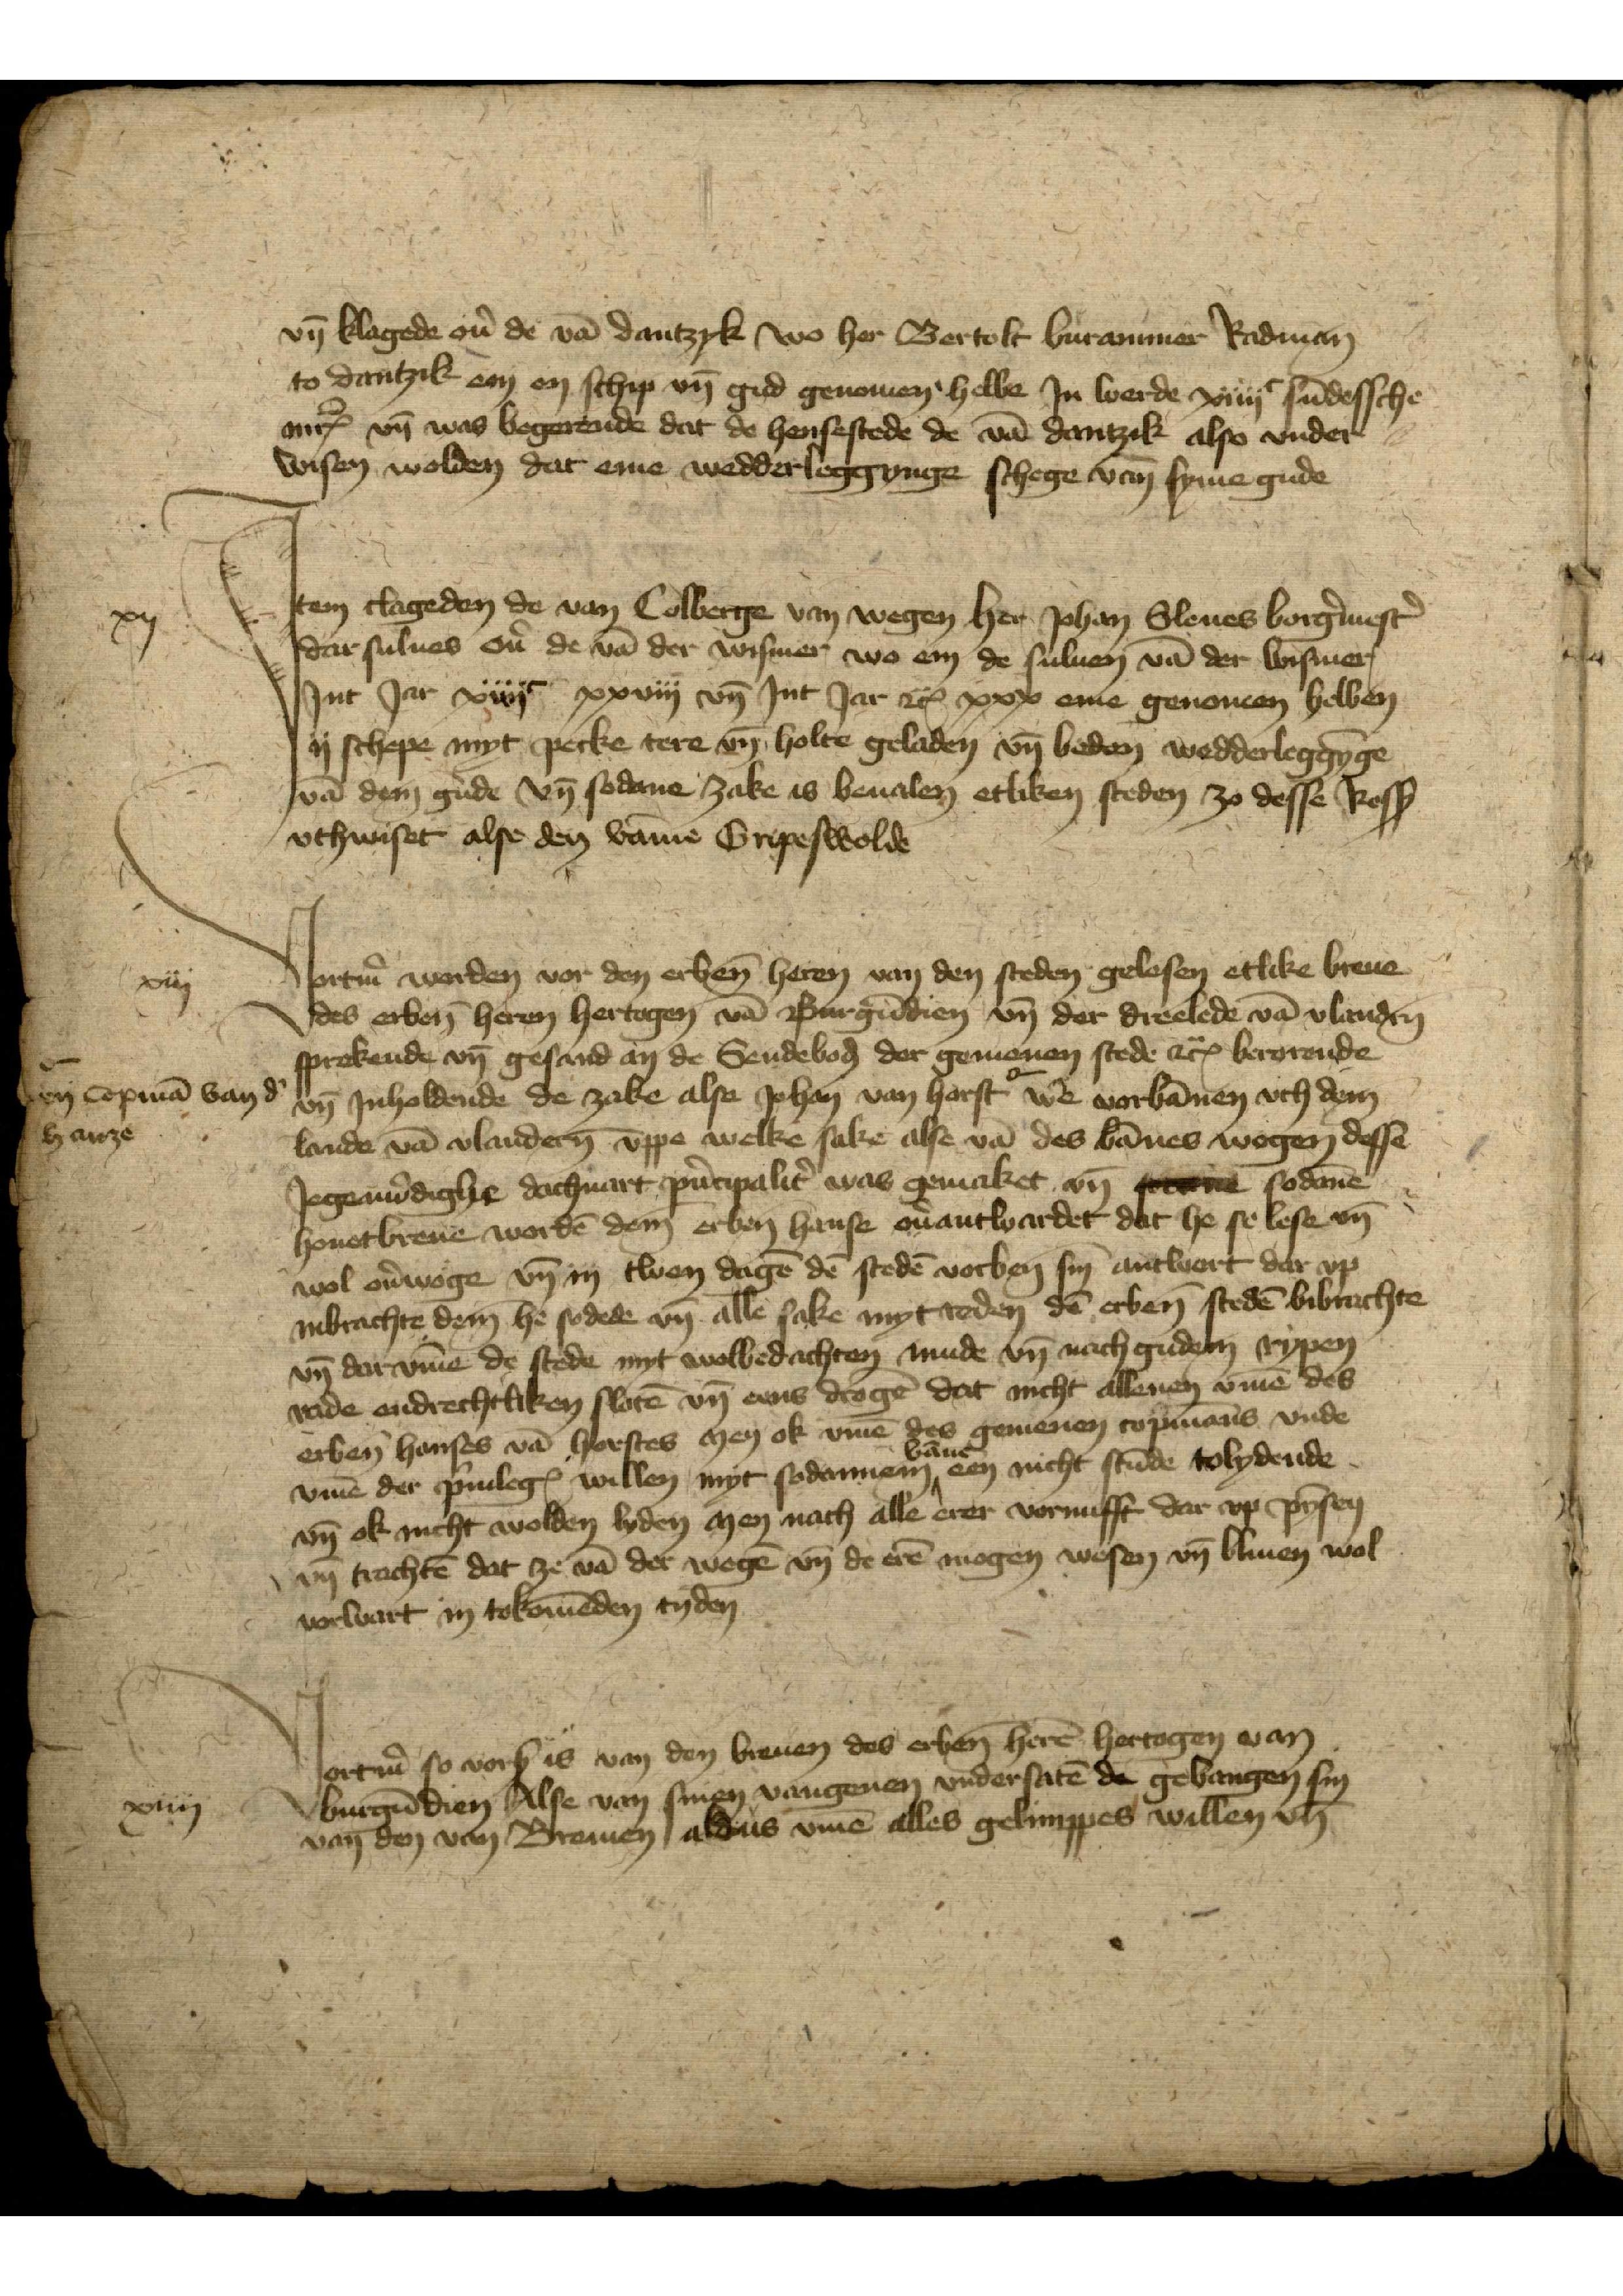
vnd klaged ouer de van Dantzik wo her Bertold Burammer Radmane
to Dantzik em en schip vnd gud genomen hebbe Jn werde xiiijc sundessche
 mark vnnd was begerende dat de hensestede de vā Dantzik also vnder
wisen wolden dat eme wedderlegginge schege van syme gude

J

Jtem clageden de van Colberge van wegen her Johan Sleues borgermester
dar sulues ouer de van der Wismer wo em de suluen van der Wismer
Jnt Jar xiiijc xxviij vnd Jnt Jar etcetera xxx eme genomen hebben
ij schepe myt perke tere vnd holte geladen vnd beden wedderleggynge
van deme gude vnd sodane zake to beualen etliken steden zo desse Resse
vthwiset alse den vamme Gripeswolde

xij

xiij

Vortmer werden vor den erbenomden heren van den steden gelesen etlike breue
des erbenomden heren hertogen van Burgundien vnd der dreelede van Vlanderen
sprekende vnd gesand an de Sendeboden der gemenen stede etcetera berorende
vnd Jnholdende de zake alse Johan van Horst o- were vorbannen vth dem
lande van Vlandern vppe welke sake alse van des bannes wogen, desse
Jegenwerdighe dachuart principaliter was gemaket vnd stee sodanne
houetbreue worden deme erbenomden hanse ouer antwardet dat he se lese vnd
wol ouerwoge vnd in twen dagen de steden vorbenomden antwert dar vp
inbrachte deme he sodede vnd alle sake myt teden den erbenomden steden bibrachte
vnd dar vmme de stede myt wolbedachten mude vnd nach guden rypen
rade endrechtliken sloten vnd ens dregen dat nicht allenen vmme des
erbenomden Hanses van Horstes men ok vmme des gemenen copmanns vnde
vmme der priuilegien willen myt sodannem banne een nicht stunde tolydende
vnd ok nicht wolden lyden men nach alle erer vornufft dar vp pynsen
vnd trachten dat ze van der wegen vnd de eren mogen wesen vnd bliuen wol
vorwart in tokomenden tyden

o-
en copman van der
hanze

Vortmer so vorscreuen is van den breuen des erbenomden heren hertogen van
Burgundien Alse van sinen vangenen vndersaten de gevangen sin
van den van Bremen, aldus vmme alles gelimppes willen vnd

xiiij